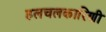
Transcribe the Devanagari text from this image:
हलचलकारिणी